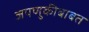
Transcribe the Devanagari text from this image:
जपणुकीबाबत